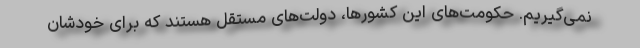
نمی‌گیریم. حکومت‌های این کشورها، دولت‌های مستقل هستند که برای خودشان